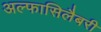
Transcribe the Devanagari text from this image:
अल्फासिलैबरी